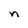
Character: n